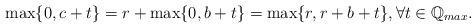
LaTeX: \begin{align*}\max\{0,c+t\}=r+\max\{0,b+t\}=\max\{r,r+b+t\}, \forall t \in \mathbb{Q}_{max}.\end{align*}